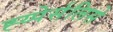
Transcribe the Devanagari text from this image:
ह्य्पेर्सलिसे